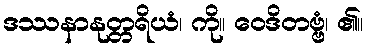
ဒဿနာနုတ္တရိယံ၊ ကို။ ဝေဒိတဗ္ဗံ၊ ၏။